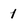
Character: 1